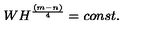
W H ^ { \frac { ( m - n ) } { 4 } } = c o n s t .